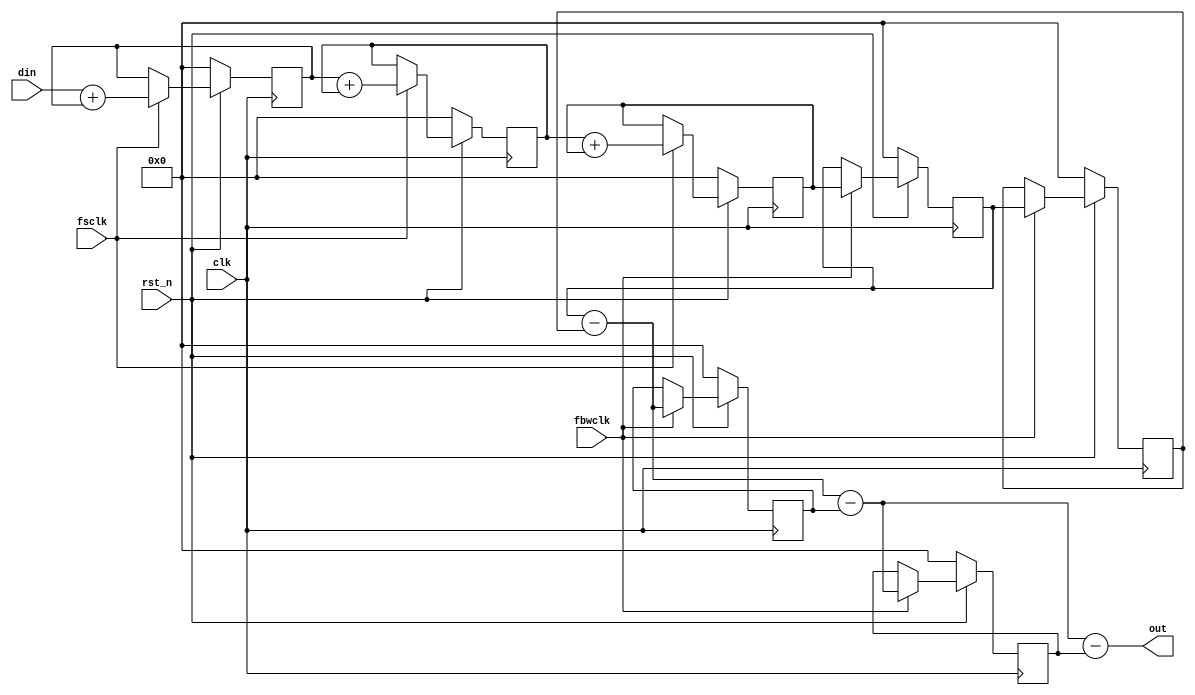

    // module sinc3.v    sinc3 filter
    module sinc3(clk,rst_n,din,fsclk,fbwclk,out);
        input clk;
        input rst_n;
        input din;         // 1 bit data input
        input fsclk;       // enable signal for fast sampling clock
        input fbwclk;      // enable signal for low oversampled clock
        output [15:0] out; // final filter output
     
       // integrator signals
        wire [15:0] c0; 
        reg [15:0] c1; 
        wire [15:0] c2; 
        reg [15:0] c3; 
        wire [15:0] c4; 
        reg [15:0] c5; 
        
        reg [15:0] d0; 
        reg [15:0] d1; 
        wire [15:0] d2; 
        reg [15:0] d3;
        wire [15:0] d4; 
        reg [15:0] d5;
        
        wire [15:0] cx;
        wire [14:0] cx1;
     
        // 2 integrators: add accumulate Din C0,C1,C2,C3
        always @(posedge clk) begin
            if(!rst_n) begin
                c1 <= 16'b0000_0000_0000_0000;
                c3 <= 16'b0000_0000_0000_0000;
                c5 <= 16'b0000_0000_0000_0000;
            end else if (fsclk) begin
                c1 <= c0;
                c3 <= c2;
                c5 <= c4;
            end     
        end
        assign cx1 = 0;
        assign cx = {cx1,din};
        assign c0 = cx + c1;
        assign c2 = c1 + c3;
        assign c4 = c3 + c5;
     
        // 2 differentiators: sub accumulate D0,D1,C2,C3
        always @(posedge clk) begin
            if(!rst_n) begin
                d0 <= 16'b0000_0000_0000_0000;
                d1 <= 16'b0000_0000_0000_0000;
                d3 <= 16'b0000_0000_0000_0000;
                d5 <= 16'b0000_0000_0000_0000;
            end else if (fbwclk) begin
                d0 <= c5;
                d1 <= d0;
                d3 <= d2;
                d5 <= d4;
            end     
        end
        assign d2 = d0 - d1;
        assign d4 = d2 - d3;
        assign out = d4 - d5;
        
    endmodule